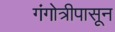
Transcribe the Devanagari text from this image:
गंगोत्रीपासून